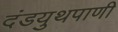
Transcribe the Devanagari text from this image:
दंडयुथपाणी